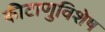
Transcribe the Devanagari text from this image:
कीटाणुविशेष